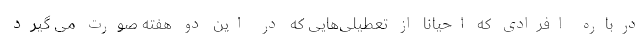
درباره افرادی که احیانا از تعطیلی‌هایی که در این دو هفته صورت می گیرد